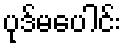
ပုဒ်မပေါင်း